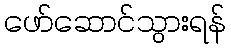
ဖော်ဆောင်သွားရန်